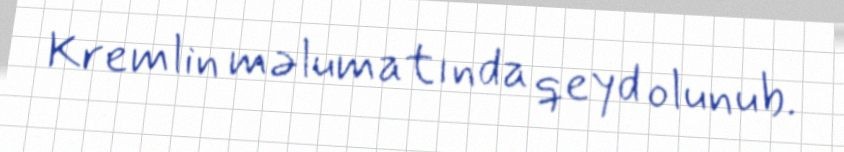
Kremlin məlumatında qeyd olunub.